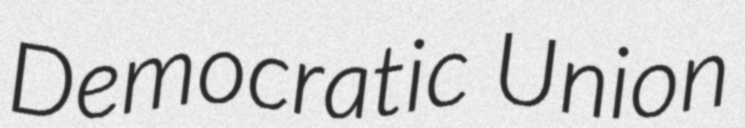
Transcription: Democratic Union